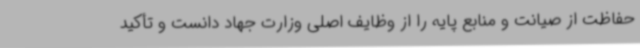
حفاظت از صیانت و منابع پایه را از وظایف اصلی وزارت جهاد دانست و تأکید